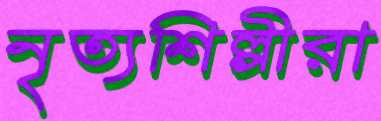
নৃত্যশিল্পীরা